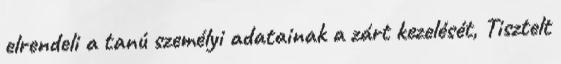
elrendeli a tanú személyi adatainak a zárt kezelését, Tisztelt